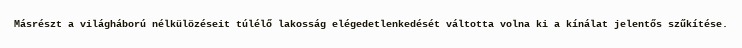
Másrészt a világháború nélkülözéseit túlélő lakosság elégedetlenkedését váltotta volna ki a kínálat jelentős szűkítése.